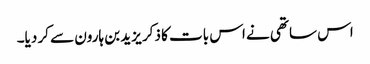
اس ساتھی نے اس بات کا ذکر یزید بن ہارون سے کر دیا۔